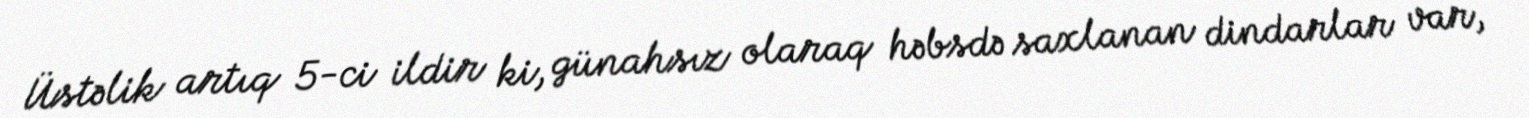
Üstəlik artıq 5-ci ildir ki, günahsız olaraq həbsdə saxlanan dindarlar var,